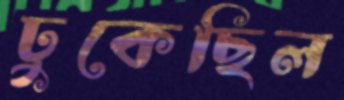
ঢুকেছিল